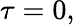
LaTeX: \tau=0,